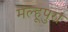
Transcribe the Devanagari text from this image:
मल्हूपुरा